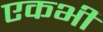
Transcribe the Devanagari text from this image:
एकभी